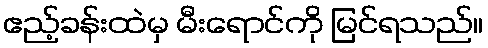
ဧည့်ခန်းထဲမှ မီးရောင်ကို မြင်ရသည်။